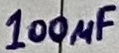
Text: 100µF